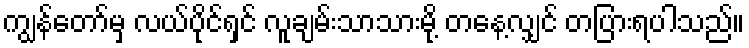
ကျွန်တော်မှ လယ်ပိုင်ရှင် လူချမ်းသာသားမို့ တနေ့လျှင် တပြားရပါသည်။